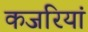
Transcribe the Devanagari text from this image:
कजरियां